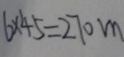
6 \times 4 5 = 2 7 0 m